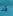
قد